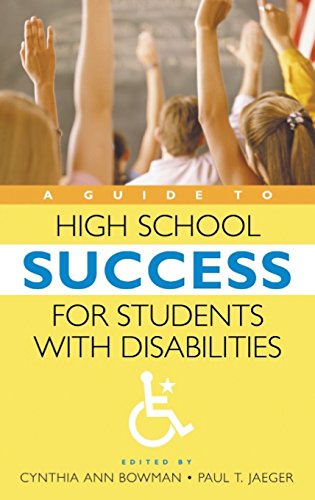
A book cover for A Guide to High School Success for Students with Disabilities; Education & Teaching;